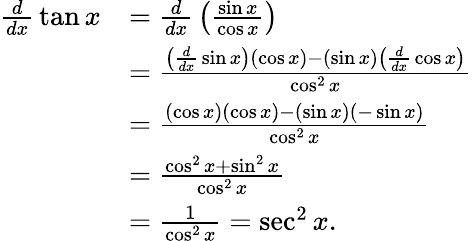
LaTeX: {\begin{array}{rl}{{\frac{d}{dx}}\tan x}&{={\frac{d}{dx}}\left({\frac{\sin x}{\cos x}}\right)}\\ &{={\frac{\left({\frac{d}{dx}}\sin x\right)(\cos x)-(\sin x)\left({\frac{d}{dx}}\cos x\right)}{\cos^{2}x}}}\\ &{={\frac{(\cos x)(\cos x)-(\sin x)(-\sin x)}{\cos^{2}x}}}\\ &{={\frac{\cos^{2}x+\sin^{2}x}{\cos^{2}x}}}\\ &{={\frac{1}{\cos^{2}x}}=\sec^{2}x.}\end{array}}